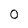
Character: 0